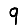
Digit: 9